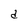
Character: d